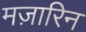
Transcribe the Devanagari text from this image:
मज़ारिन